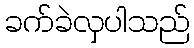
ခက်ခဲလှပါသည်